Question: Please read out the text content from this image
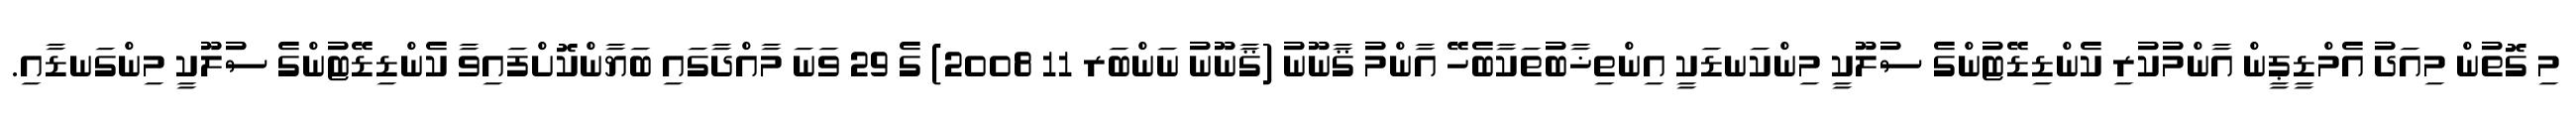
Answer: މި ގޮތުން މިއަދު އެމްޑީޕީން އާންމުކުރި ކެންޑިޑޭޓުންގެ ސުލޫކީ މިންކަނޑަކީ އިންތިޚާބުތަކާބެހޭ އާންމު ޤާނޫނު (ޤާނޫނު ނަންބަރ 11 2008) ގެ 29 ވަނަ މާއްދާގައި ބަޔާންކޮށްފައިވާ ކެންޑިޑޭޓުންގެ ސުލޫކީ މިންގަނޑާއި.